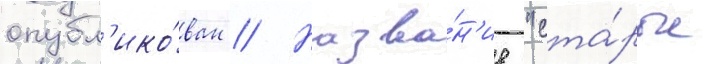
опубл'ико́ван // Назва́н'ие "ста́рые